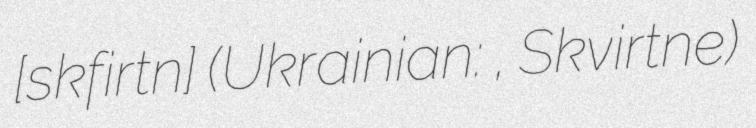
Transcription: [ˈskfʲirtnɛ] (Ukrainian: Сквіртне, Skvirtne)